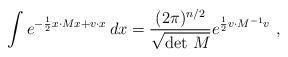
LaTeX: \begin{align*} \int e^{-\frac{1}{2}x\cdot M x+v\cdot x}\,dx=\frac{(2\pi)^{n/2}}{\sqrt{\det\, M}}e^{\frac{1}{2}v\cdot M^{-1}v} \ ,\end{align*}